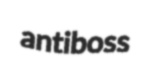
antiboss